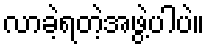
လာခဲ့ရတဲ့အဖွဲ့ပါပဲ။